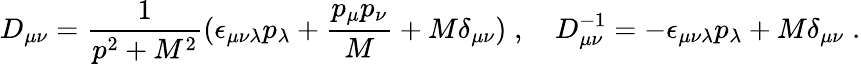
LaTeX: D_{\mu\nu}=\frac{1}{p^{2}+M^{2}}(\epsilon_{\mu\nu\lambda}p_{\lambda}+\frac{p_{\mu}p_{\nu}}{M}+M\delta_{\mu\nu})\; ,{}~~~~D_{\mu\nu}^{-1}=-\epsilon_{\mu\nu\lambda}p_{\lambda}+M\delta_{\mu\nu}\; .